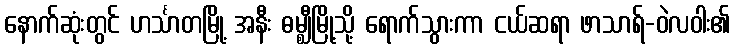
နောက်ဆုံးတွင် ဟင်္သာတမြို့ အနီး ဓမ္ဈီမြို့သို့ ရောက်သွားကာ ငယ်ဆရာ ဖာသာရ်-ဝဲလဝါး၏